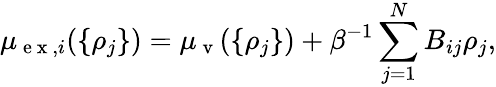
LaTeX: \mu_{\mathrm{~e~x~},i}(\{ \rho_{j}\} )=\mu_{\mathrm{~v~}}(\{ \rho_{j}\} )+\beta^{-1}\sum_{j=1}^{N}B_{ij}\rho_{j},